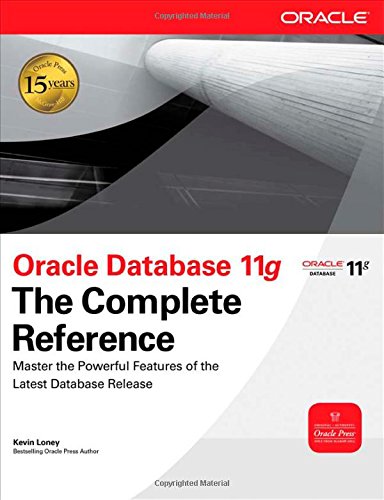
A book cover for Oracle Database 11g The Complete Reference (Oracle Press); Kevin Loney; Computers & Technology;